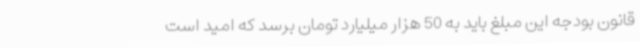
قانون بودجه این مبلغ باید به 50 هزار میلیارد تومان برسد که امید است